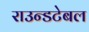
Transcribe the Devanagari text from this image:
राउन्डटेबल